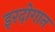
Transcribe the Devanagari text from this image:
इरदोगान